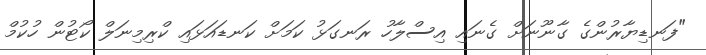
"ފަނޑިޔާރުންގެ ގާނޫނަށް ގެނައި އިސްލާހު ރަނގަޅު ކަމަށް ކަނޑައަޅައި ކްރިމިނަލް ކޯޓުން ހުކުމް